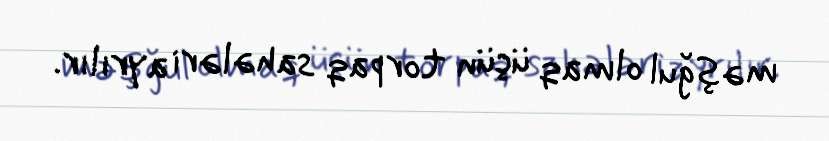
məşğul olmaq üçün torpaq sahələri ayrılır.